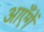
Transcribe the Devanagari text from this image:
आएँगें